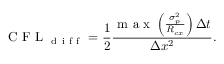
\mathrm { ~ C ~ F ~ L ~ } _ { \mathrm { ~ d ~ i ~ f ~ f ~ } } = \frac { 1 } { 2 } \frac { \mathrm { ~ m ~ a ~ x ~ } \left( \frac { \sigma _ { p } ^ { 2 } } { R _ { c x } } \right) \Delta t } { \Delta x ^ { 2 } } .